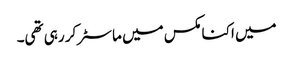
میں اکنامکس میں ماسٹر کر رہی تھی۔